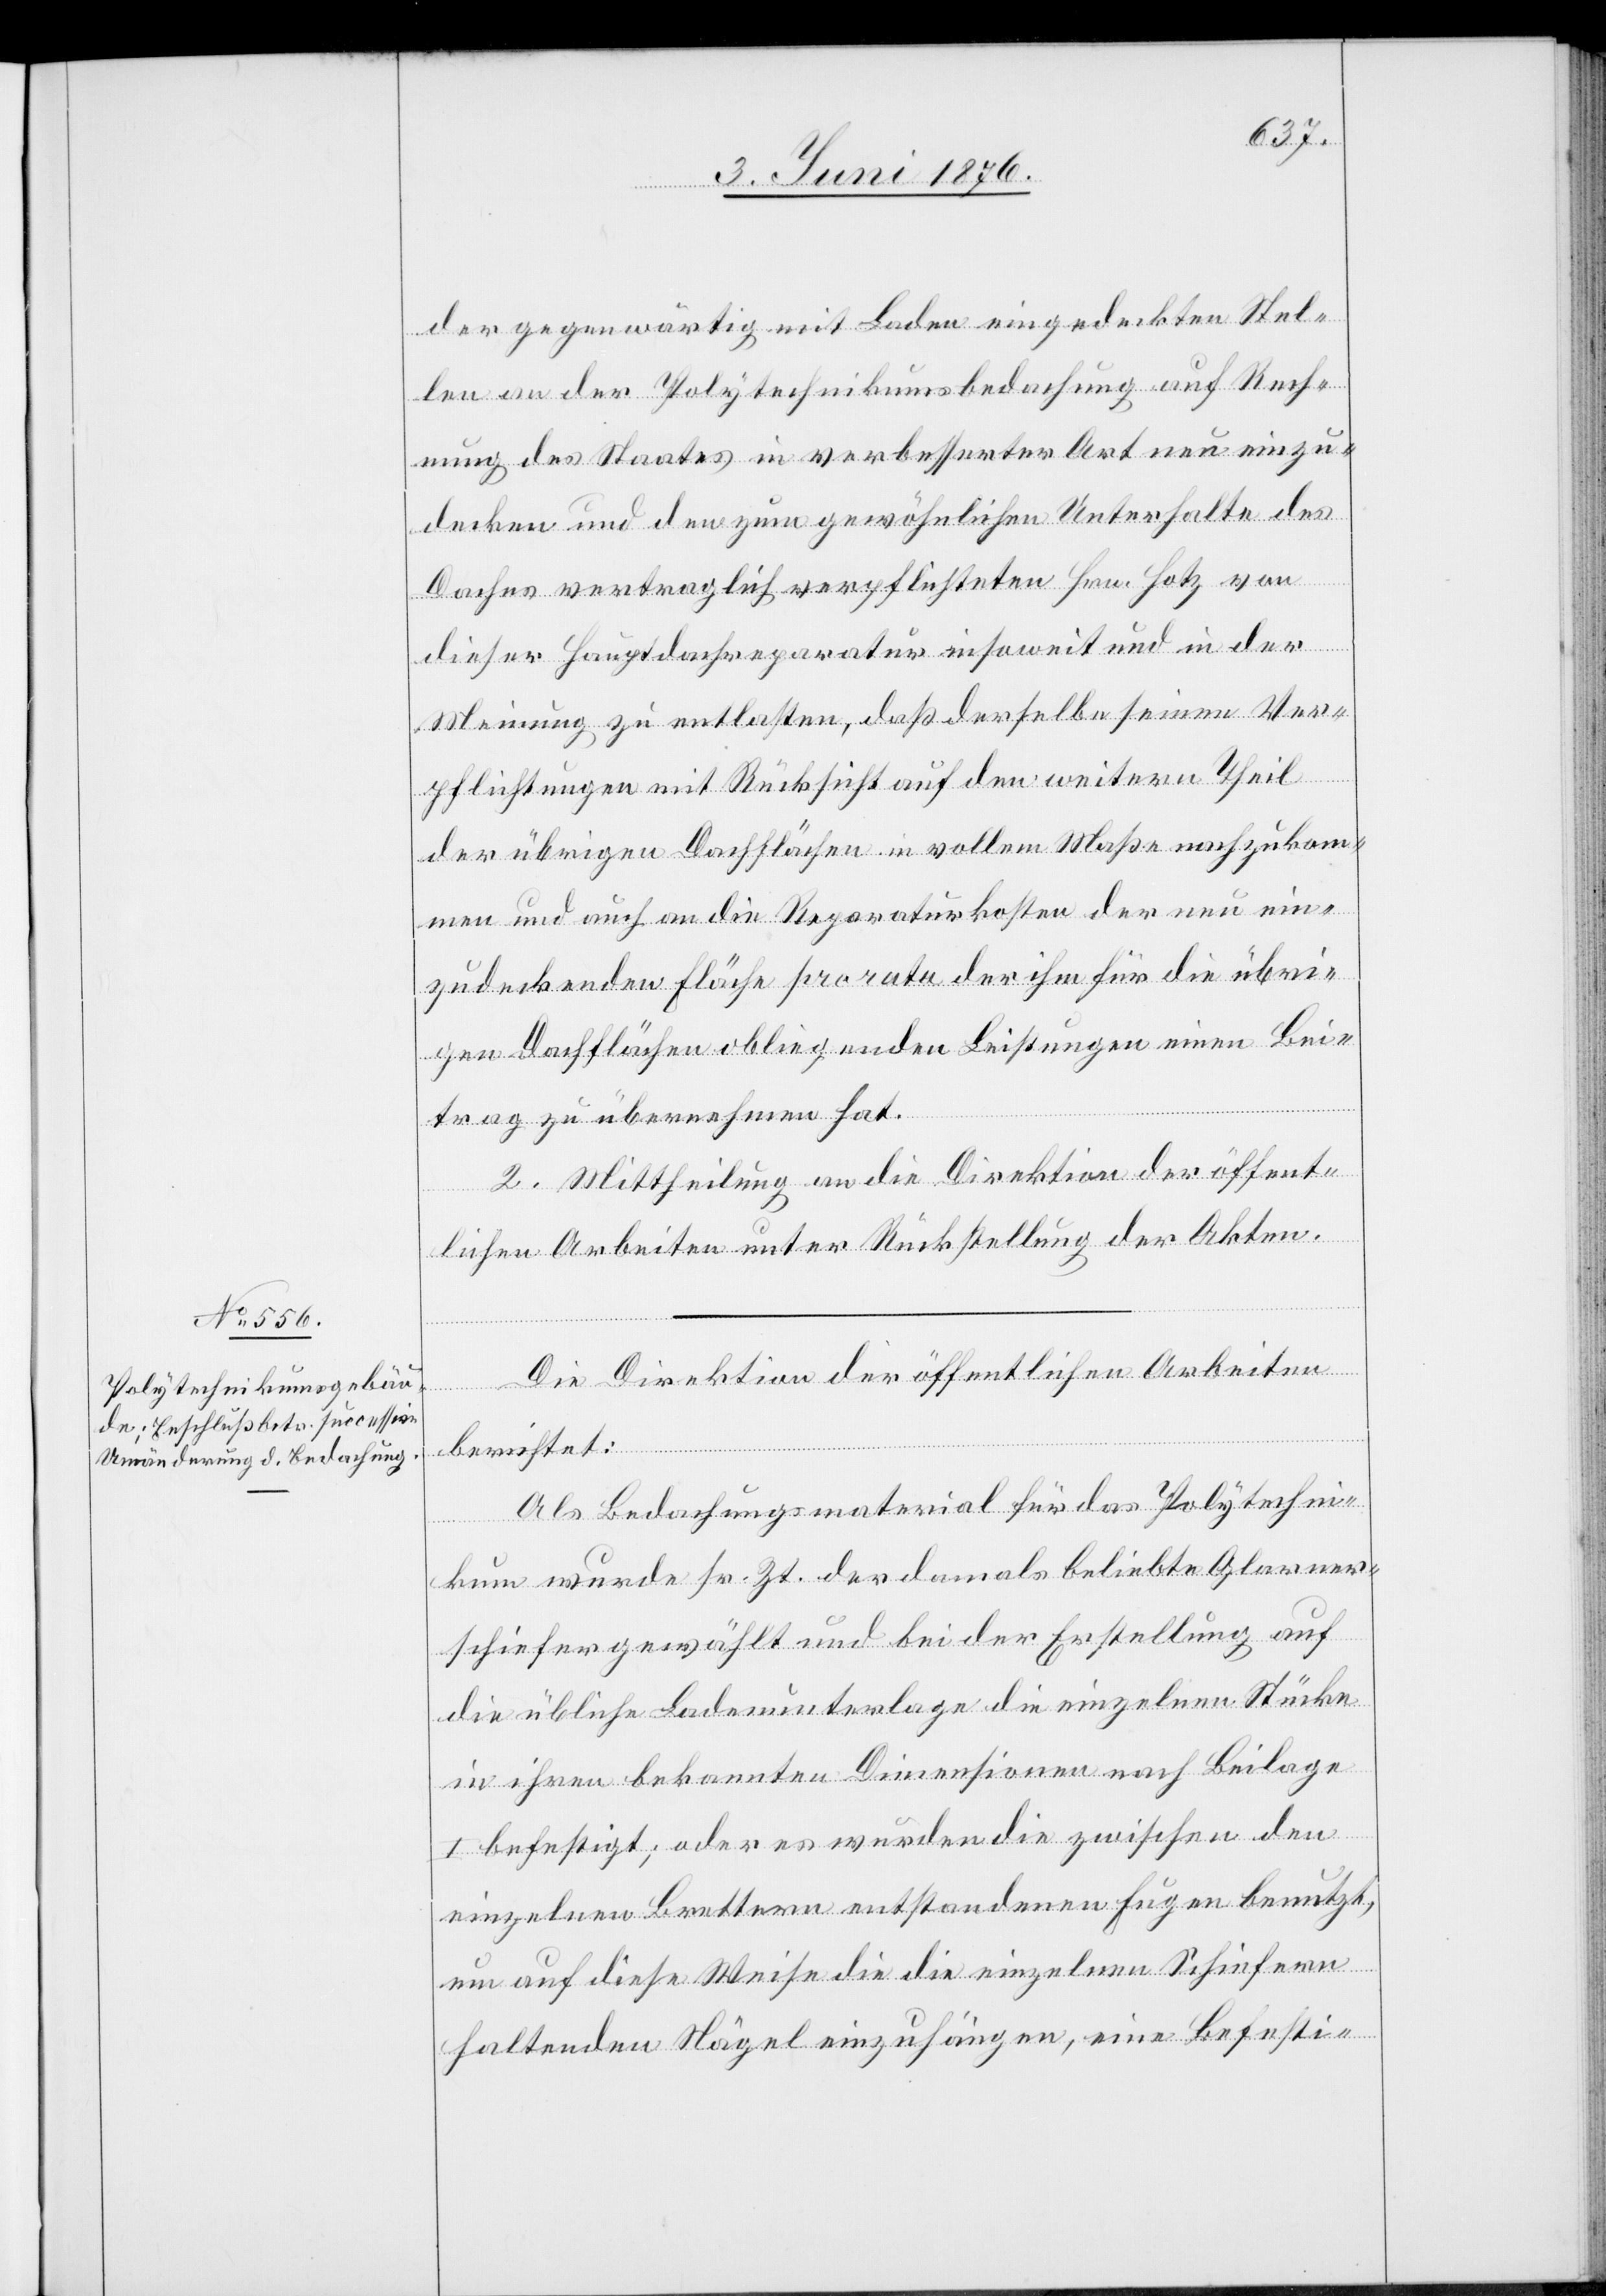
der gegenwärtig mit Laden eingedeckten Stel¬
len an der Polytechnikumsbedachung auf Rech¬
nung des Staates in verbesserter Art neu einzu¬
decken und den zum gewöhnlichen Unterhalte des
Daches vertraglich verpflichteten Hrn. Hotz von
dieser Hauptdachreparatur insoweit und in der
Meinung zu entlasten, daß derselbe seine Ver¬
pflichtungen mit Rücksicht auf den weitern Theil
der übrigen Dachflächen in vollem Maße nachzukom¬
men und auch an die Reparaturkosten der neu ein¬
zudeckenden Fläche pro rata der ihm für die übri¬
gen Dachflächen obliegenden Leistungen einen Bei¬
trag zu übernehmen hat.
2. Mittheilung an die Direktion der öffent¬
lichen Arbeiten unter Rückstellung der Akten.
Die Direktion der öffentlichen Arbeiten
berichtet:
Als Bedachungsmaterial für das Polytechni¬
kum wurde sr. Zt. Der damals beliebte Glarner¬
schiefer gewählt und bei der Erstellung auf
die übliche Ladeunterlage die einzelnen Stücke
in ihren bekannten Dimensionen nach Beilage
I befestigt; oder es wurden die zwischen den
einzelnen Brettern entstandenen Fugen benutzt,
um auf diese Weise die die einzelnen Schiefern
haltenden Nägel einzuhängen, eine Befesti-